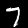
Label: 7